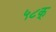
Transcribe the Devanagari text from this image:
५८क्